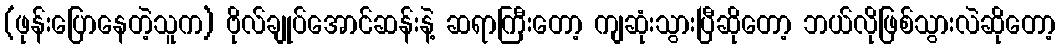
(ဖုန်းပြောနေတဲ့သူက) ဗိုလ်ချုပ်အောင်ဆန်းနဲ့ ဆရာကြီးတော့ ကျဆုံးသွားပြီဆိုတော့ ဘယ်လိုဖြစ်သွားလဲဆိုတော့